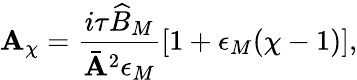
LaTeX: \mathbf{A}_{\chi}=\frac{{i\tau\widehat{{B}}_{M}}}{{\bar{{\mathbf{A}}}^{2}\epsilon_{M}}}\left[1+\epsilon_{M}(\chi-1)\right],